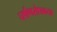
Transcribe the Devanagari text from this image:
घर्षणरोधकता